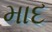
માદ